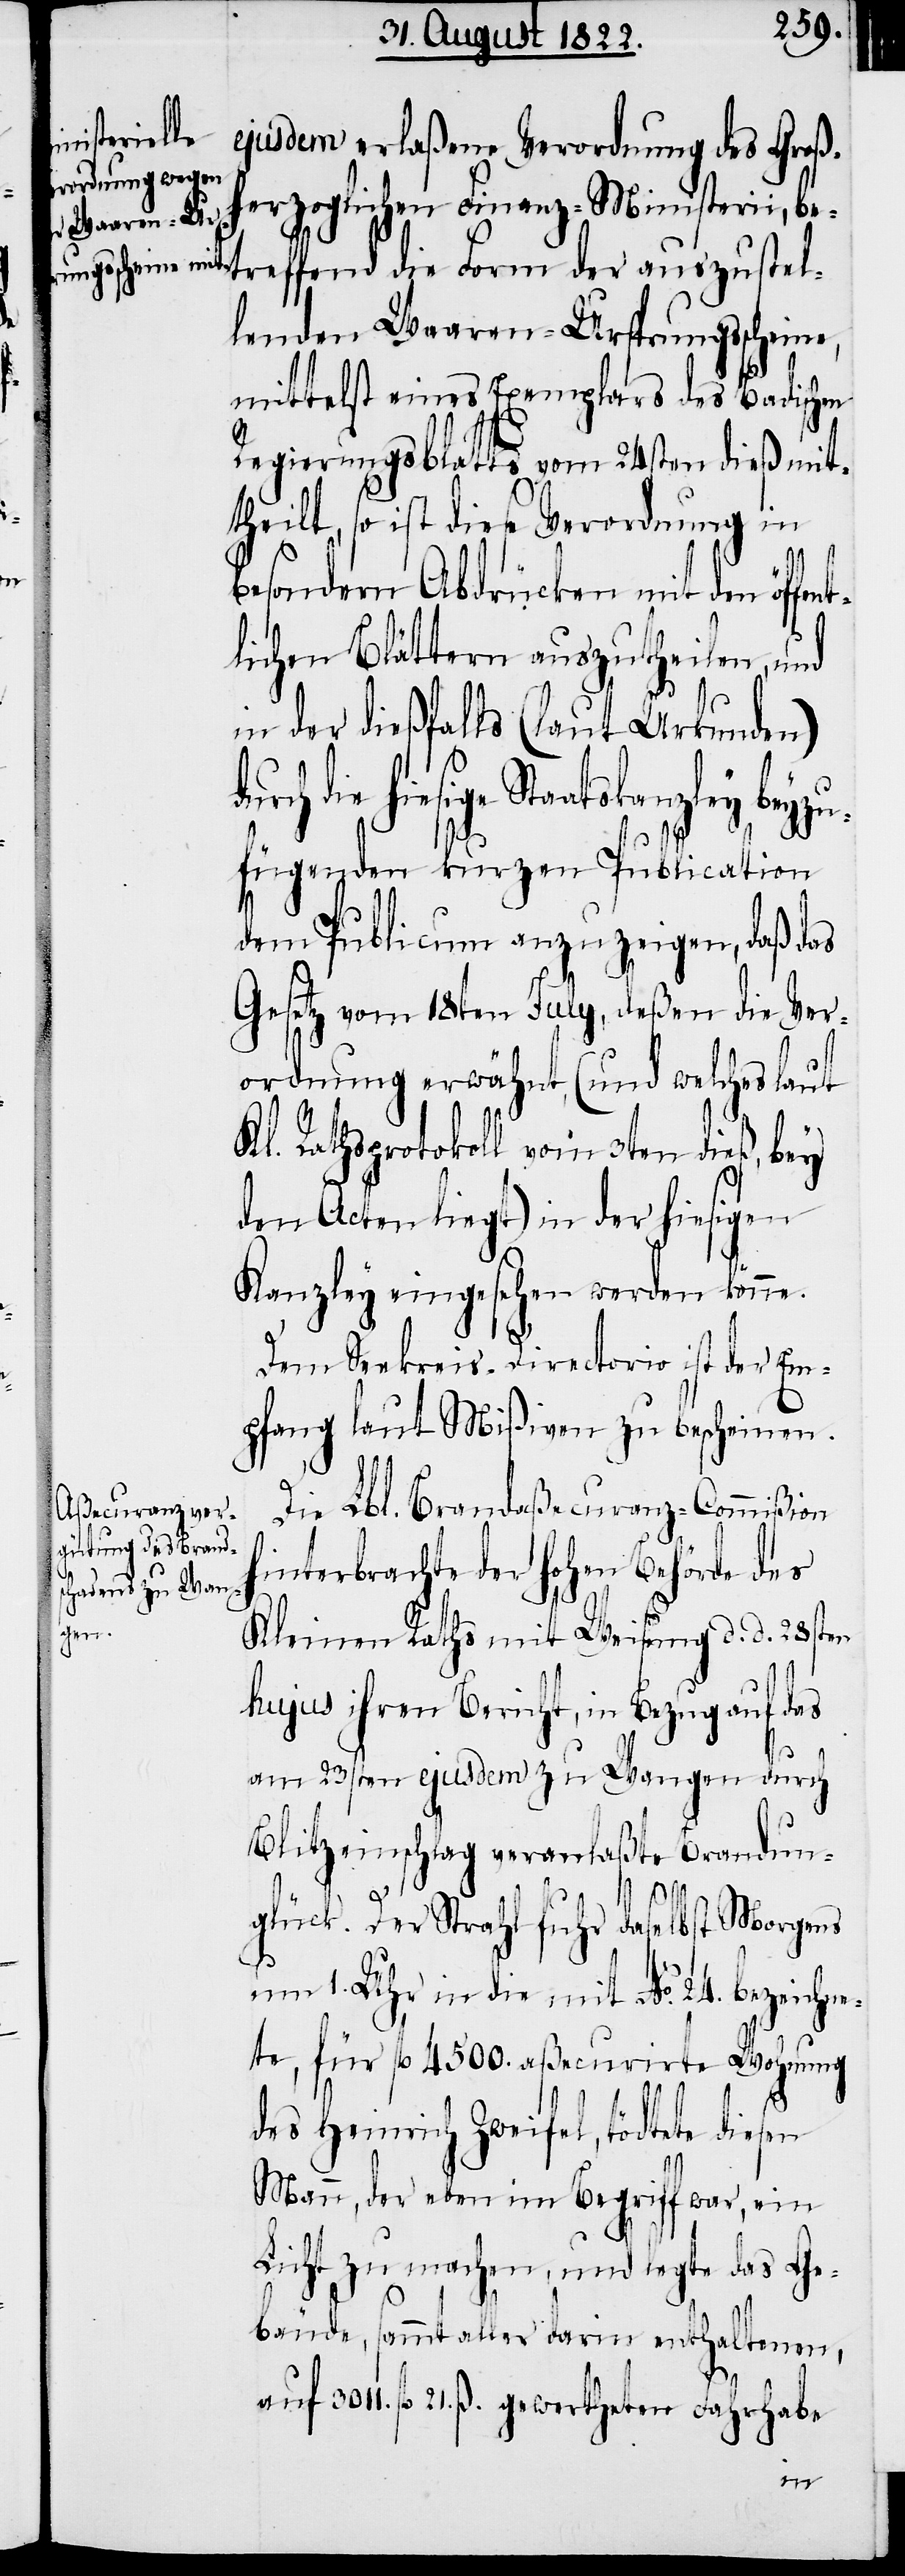
ejusdem erlaßene Verordnung des Groß¬
herzoglichen Finanz-Ministerii, b¬
etreffend die Form der auszustel¬
lenden Waaren-Ursprungsscheine,
mittelst eines Exemplars des Badischen
Regierungsblatts vom 24sten dieß mit¬
theilt, so ist diese Verordnung in
besondern Abdrücken auszutheilen,
in der dießfalls (laut Urkunden)
die hiesige Staatskanzley beyz¬
ufügenden kurzen Publication
dem Publicum anzuzeigen, daß das
Gesetz vom 18ten July, deßen die Ver¬
ordnung erwähnt, (und welches laut
Kl. Rathsprotokoll vom 3ten dieß, bey
den Acten liegt) in der hiesigen
Kanzley eingesehen werden könne.
Dem Seekreis-Directorio ist der Em¬
pfang laut Mißiven zu bescheinen.
Die Lbl. Brandaßecuranz-Commißion
hinterbrachte der Hohen Behörde des
Kleinen Raths mit Weisung d. d. 28sten
hujus ihren Bericht, in Bezug auf das
am 23sten ejusdem zu Wangen durch
Blitzeinschlag veranlaßte Brandun¬
glück. Der Strahl fuhr daselbst Morgens
um 1. Uhr in die mit No. 24. bezeichne¬
te, für fl. 4500. aßecurirte Wohnung
des Heinrich Zweifel, tödtete dies¬
Mann, der eben im Begriff war, ein
Licht zu machen, und legte das Ge¬
bäude, sammt aller darin enthaltenen,
auf 3011. fl. 21. ß. gewertheten Fahrhabe
en